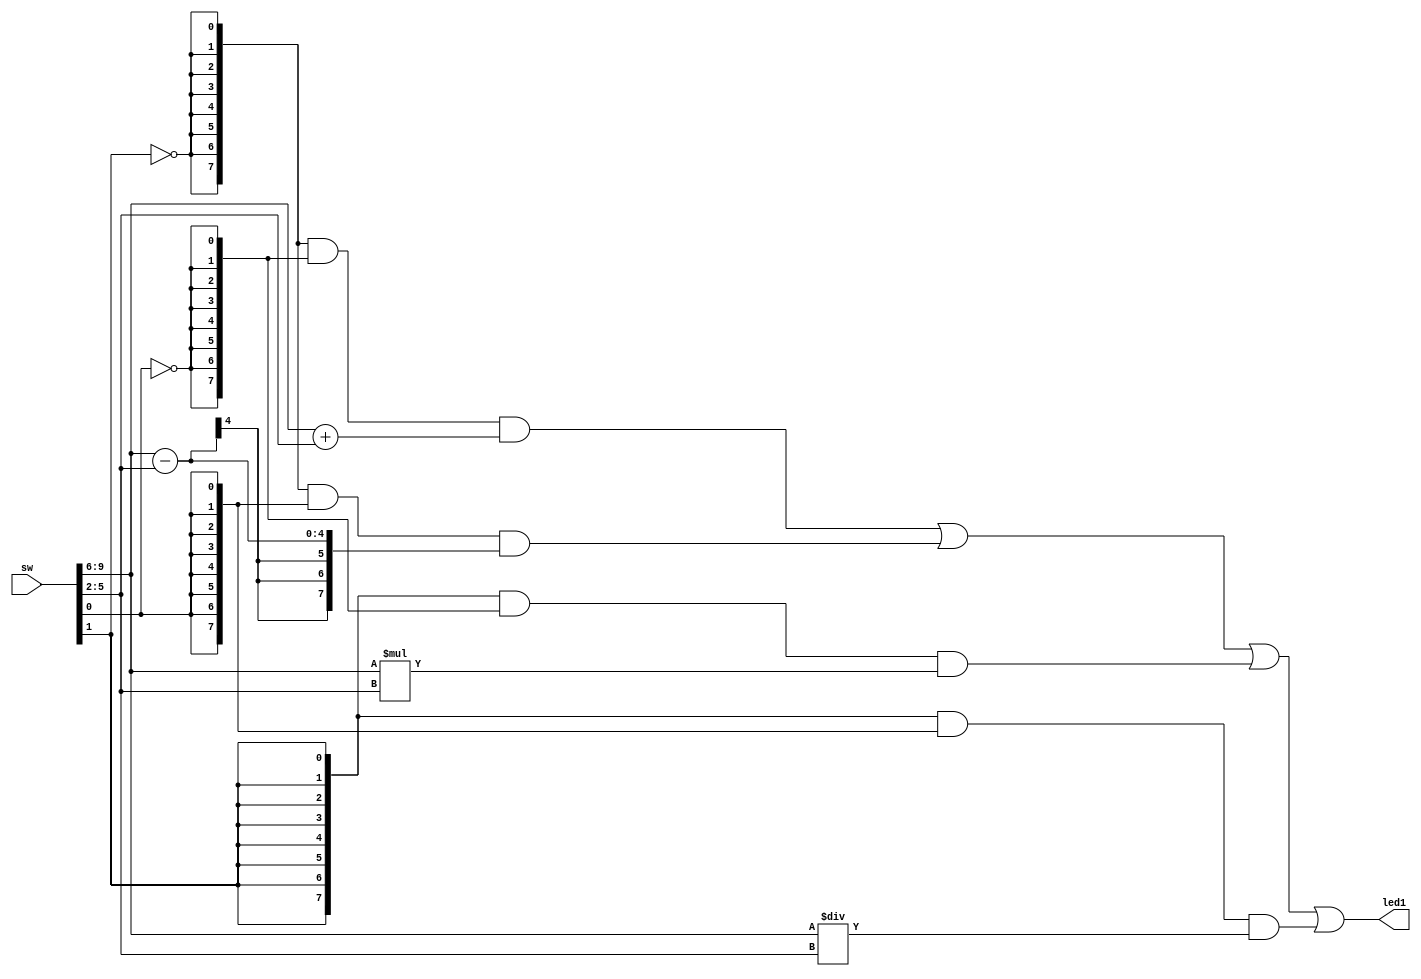
`timescale 1ns / 1ps
//////////////////////////////////////////////////////////////////////////////////
// Company: 
// Engineer: 
// 
// Design Name: 
// Module Name: Calculator
// Project Name: 
// Target Devices: 
// Tool Versions: 
// Description: 
// 
// Dependencies: 
// 
// Revision:
// Revision 0.01 - File Created
// Additional Comments:
// 
//////////////////////////////////////////////////////////////////////////////////

module Calculator(
    input [15:6] sw,
    output [13:6] led1   
    );
    
    wire [7:0] add;
    wire [7:0] sub;
    wire [7:0] div;
    wire [7:0] mut;
   
    //inputs are from switchs 15-12 and switchs 11-8
    assign add = sw[15:12]+sw[11:8];
    assign sub = sw[15:12]-sw[11:8];
    assign mut = sw[15:12]*sw[11:8];
    assign div = sw[15:12]/sw[11:8];
    //add is sw6,7 off|subtract is sw7 off,sw6 on|mutiply is sw7 on sw6 off|divide is sw7 on,sw6 on
    assign led1 =({8{~sw[7]}} & {8{~sw[6]}} & add)|({8{~sw[7]}} & {8{sw[6]}}& sub)|({8{sw[7]}} & {8{~sw[6]}} & mut)| ({8{sw[7]}} & {8{sw[6]}} & div);
    
     
   
  
endmodule